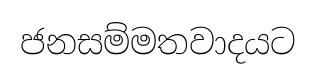
ජනසම්මතවාදයට